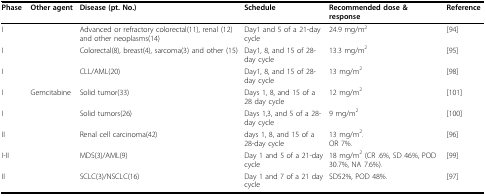
<table><thead><tr><td><b>Phase</b></td><td><b>Other agent</b></td><td><b>Disease (pt. No.)</b></td><td><b>Schedule</b></td><td><b>Recommended dose &amp; response</b></td><td><b>Reference</b></td></tr></thead><tbody><tr><td>I</td><td>[EMPTY_CELL]</td><td>Advanced or refractory colorectal(11), renal (12)and other neoplasms(14)</td><td>Day1 and 5 of a 21-day cycle</td><td>24.9 mg/m<sup>2</sup></td><td>[94]</td></tr><tr><td>I</td><td>[EMPTY_CELL]</td><td>Colorectal(8), breast(4), sarcoma(3) and other (15)</td><td>Day1, 8, and 15 of 28-day cycle</td><td>13.3 mg/m<sup>2</sup></td><td>[95]</td></tr><tr><td>I</td><td>[EMPTY_CELL]</td><td>CLL/AML(20)</td><td>Day1, 8, and 15 of 28-day cycle</td><td>13 mg/m<sup>2</sup></td><td>[98]</td></tr><tr><td>I</td><td>Gemcitabine</td><td>Solid tumor(33)</td><td>Days 1, 8, and 15 of a 28 day cycle</td><td>12 mg/m<sup>2</sup></td><td>[101]</td></tr><tr><td>I</td><td>[EMPTY_CELL]</td><td>Solid tumors(26)</td><td>Days 1,3, and 5 of a 28-day cycle</td><td>9 mg/m<sup>2</sup></td><td>[100]</td></tr><tr><td>II</td><td>[EMPTY_CELL]</td><td>Renal cell carcinoma(42)</td><td>days 1, 8, and 15 of a 28-day cycle</td><td>13 mg/m<sup>2</sup>.OR 7%.</td><td>[96]</td></tr><tr><td>I-II</td><td>[EMPTY_CELL]</td><td>MDS(3)/AML(9)</td><td>Day 1 and 5 of a 21-day cycle</td><td>18 mg/m<sup>2 </sup>(CR .6%, SD 46%, POD 30.7%, NA 7.6%).</td><td>[99]</td></tr><tr><td>II</td><td>[EMPTY_CELL]</td><td>SCLC(3)/NSCLC(16)</td><td>Day 1 and 7 of a 21 day cycle</td><td>SD52%, POD 48%.</td><td>[97]</td></tr></tbody></table>